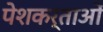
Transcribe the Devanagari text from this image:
पेशकर्ताओं